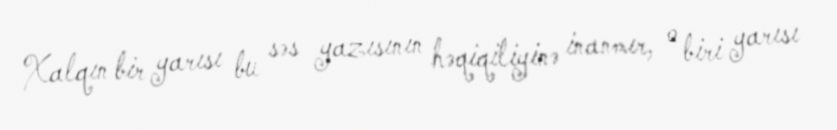
Xalqın bir yarısı bu səs yazısının həqiqiliyinə inanmır, o biri yarısı